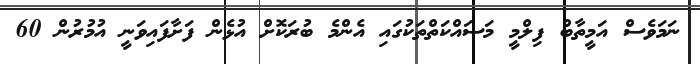
ނަމަވެސް އަމީތާބް ފިލްމީ މަސައްކަތްތަކުގައި އެންމެ ބުރަކޮށް އުޅެން ފަށާފައިވަނީ އުމުރުން 60